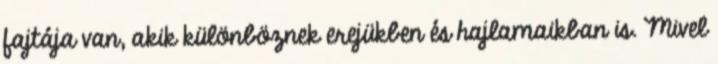
fajtája van, akik különböznek erejükben és hajlamaikban is. Mivel